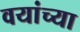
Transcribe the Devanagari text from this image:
वयांच्या